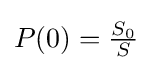
{\textstyle P(0)={\frac {S_{0}}{S}}}